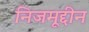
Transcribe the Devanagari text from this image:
निजमूद्दीन